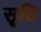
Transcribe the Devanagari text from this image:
सृ्टि